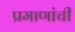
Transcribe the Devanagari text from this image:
प्रमाणांची